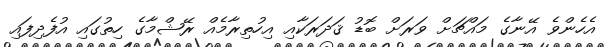
އެހެންވެ އޭނާގެ މައްޗަށް ވަރަށް ބޮޑު ޤަދަރަކާއި އިހުތިރާމެއް ރޭޝްމާގެ ހިތުގައި އުފެދިފައި